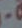
-